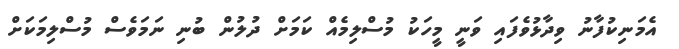
އެމަނިކުފާނު ވިދާޅުވެފައި ވަނީ މީހަކު މުސްލިމެއް ކަމަށް ދުލުން ބުނި ނަމަވެސް މުސްލިމަކަށް